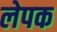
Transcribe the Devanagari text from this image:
लेपक